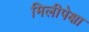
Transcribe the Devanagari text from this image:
मिलीपेक्षा